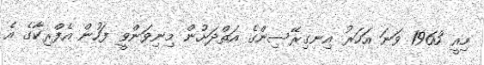
މިއީ 1963 ވަނަ އަހަރު އިނގިރޭސިންގެ އަތްދަށުން މިނިވަންވީ ފަހުން އެފްރިކާގެ އެ